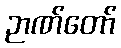
ဉာဏ်တော်